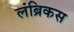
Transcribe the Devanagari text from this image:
लंब्रिकस